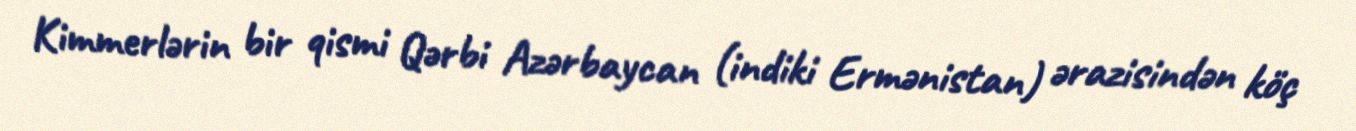
Kimmerlərin bir qismi Qərbi Azərbaycan (indiki Ermənistan) ərazisindən köç